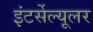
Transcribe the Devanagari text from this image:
इंटर्सेल्यूलर